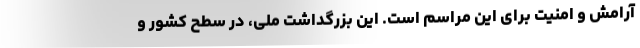
آرامش و امنیت برای این مراسم است. این بزرگداشت ملی، در سطح کشور و